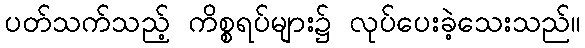
ပတ်သက်သည့် ကိစ္စရပ်များ၌ လုပ်ပေးခဲ့သေးသည်။